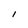
Character: l